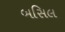
બસિલ